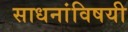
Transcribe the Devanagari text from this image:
साधनांविषयी